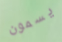
يسمون